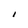
Character: I